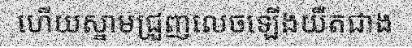
ហើយស្នាមជ្រួញលេចឡើងយឺតជាង